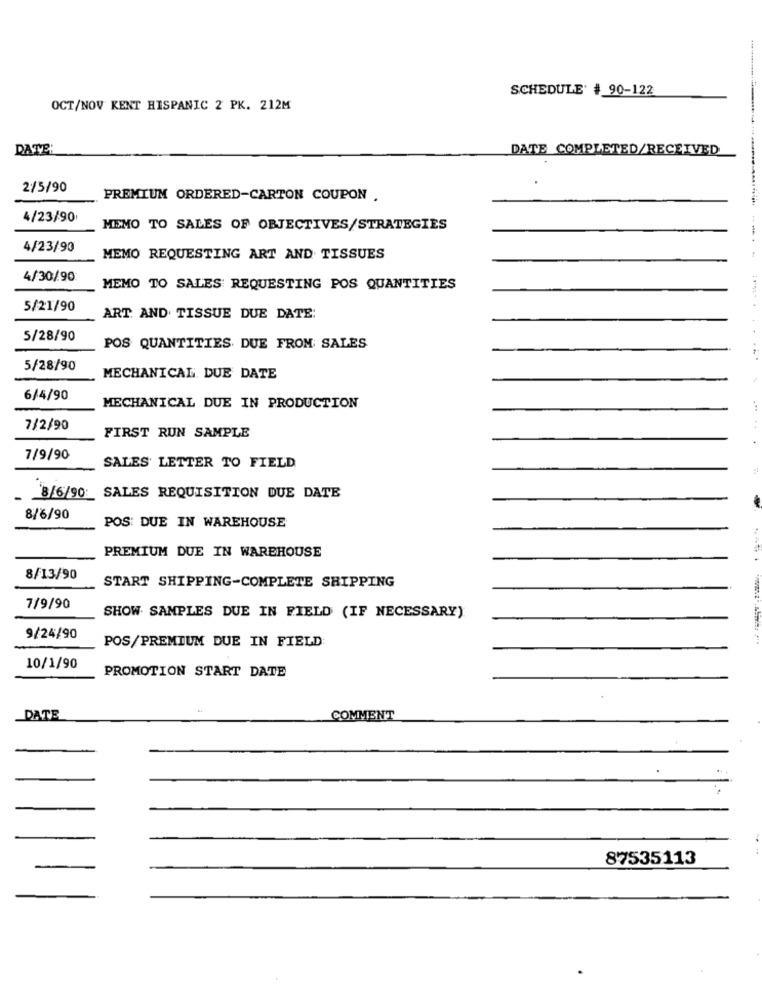
SCHEDULE' # 90-122
OCT/NOV KENT HISPANIC 2 PK. 212M
DATE
DATE COMPLETED/RECEIVED
2/5/90
PREMIUM ORDERED-CARTON COUPON .
4/23/90
MEMO TO SALES OF OBJECTIVES/STRATEGIES
4/23/90
MEMO REQUESTING ART AND TISSUES
4/30/90
MEMO TO SALES REQUESTING POS QUANTITIES
5/21/90
ART. AND TISSUE DUE DATE:
5/28/90
POS QUANTITIES DUE FROM: SALES
5/28/90
MECHANICAL DUE DATE
6/4/90
MECHANICAL DUE IN PRODUCTION
7/2/90
FIRST RUN SAMPLE
.
7/9/90
SALES LETTER TO FIELD
8/6/90: SALES REQUISITION DUE DATE
8/6/90
POS: DUE IN WAREHOUSE
PREMIUM DUE IN WAREHOUSE
8/13/90
START SHIPPING-COMPLETE SHIPPING
7/9/90
SHOW SAMPLES DUE IN FIELD (IF NECESSARY)
9/24/90
POS/PREMIUM DUE IN FIELD
10/1/90
PROMOTION START DATE
DATE
COMMENT
87535113